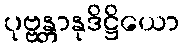
ပုဗ္ဗန္တာနုဒိဋ္ဌိယော